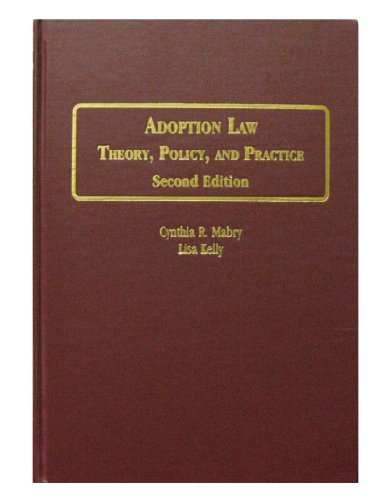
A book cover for Adoption Law: Theory, Policy, and Practice; Second Edition; Cynthia R. Mabry; Law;